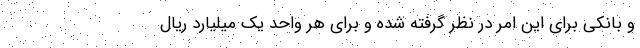
و بانکی برای این امر در نظر گرفته شده و برای هر واحد یک میلیارد ریال